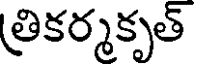
త్రికర్మకృత్